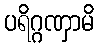
ပရိဂ္ဂဏှာမိ